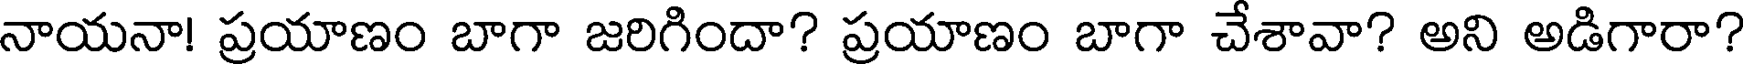
నాయనా! ప్రయాణం బాగా జరిగిందా? ప్రయాణం బాగా చేశావా? అని అడిగారా?